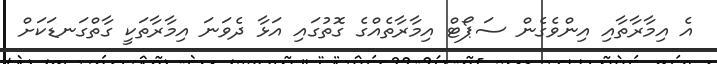
އެ އިމާރާތާއި އިންވެގެން ސަޕޯޓް އިމާރާތެއްގެ ގޮތުގައި އަޅާ ދެވަނަ އިމާރާތަކީ ގާތްގަނޑަކަށް